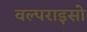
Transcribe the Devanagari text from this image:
वल्पराइसो